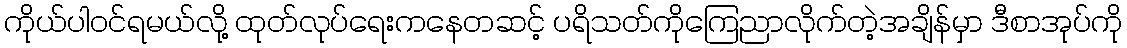
ကိုယ်ပါဝင်ရမယ်လို့ ထုတ်လုပ်ရေးကနေတဆင့် ပရိသတ်ကိုကြေညာလိုက်တဲ့အချိန်မှာ ဒီစာအုပ်ကို